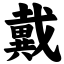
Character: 戴